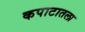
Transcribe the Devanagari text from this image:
कपाटातला